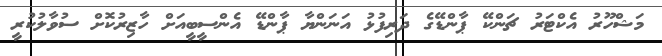
މަޝްހޫރު އެކްޓަރު ޗަންކޭ ޕާންޑޭގެ ދަރިފުޅު އަނަންޔާ ޕާންޑޭ އެންސީބީއަށް ހާޒިރުކޮށް ސުވާލުކުރީ